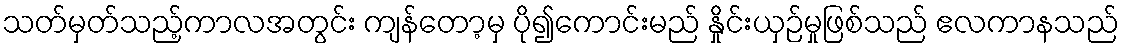
သတ်မှတ်သည့်ကာလအတွင်း ကျန်တော့မှ ပို၍ကောင်းမည် နှိုင်းယှဉ်မှုဖြစ်သည် ဧလကာနသည်